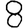
Digit: 8